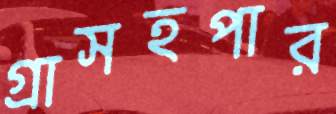
গ্রাসহপার